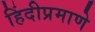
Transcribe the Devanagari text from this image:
हिंदीप्रमाणे